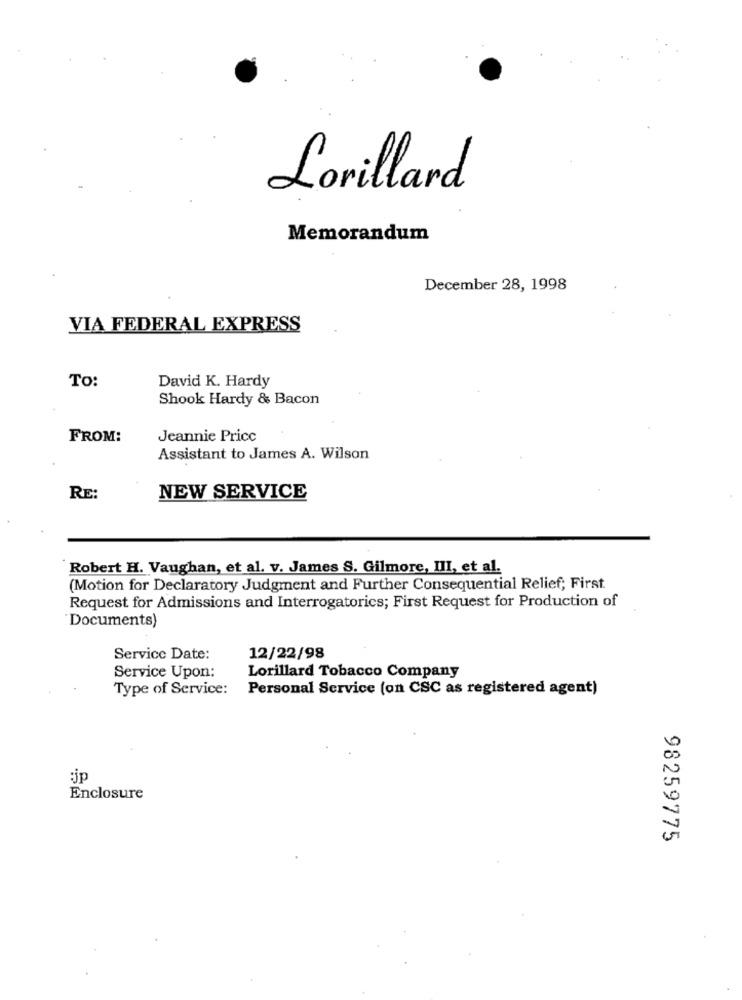
Lorillard
Memorandum
December 28, 1998
VIA FEDERAL EXPRESS
To:
David K. Hardy
Shook Hardy & Bacon
FROM:
Jeannie Price
Assistant to James A. Wilson
RE:
NEW SERVICE
Robert H. Vaughan, et al. v. James S. Gilmore, III, et al.
(Motion for Declaratory Judgment and Further Consequential Relief; First
Request for Admissions and Interrogatorics; First Request for Production of
"Documents)
Service Date:
12/22/98
Service Upon:
Lorillard Tobacco Company
Type of Service:
Personal Service (on CSC as registered agent)
:jp
Enclosure
98259775